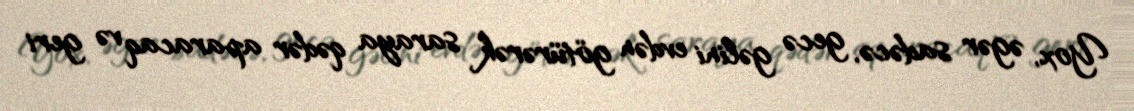
Yox, əgər sadəcə, gecə gəlini evdən götürərək saraya qədər aparacaq və geri